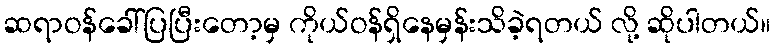
ဆရာဝန်ခေါ်ပြပြီးတော့မှ ကိုယ်ဝန်ရှိနေမှန်းသိခဲ့ရတယ် လို့ ဆိုပါတယ်။